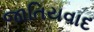
જાતિયવાદ